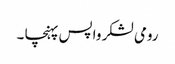
رومی لشکر واپس پہنچا ۔